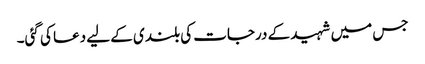
جس میں شہید کے درجات کی بلندی کے لیے دعا کی گئی۔